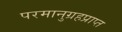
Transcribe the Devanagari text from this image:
परमानुग्रहप्राप्त